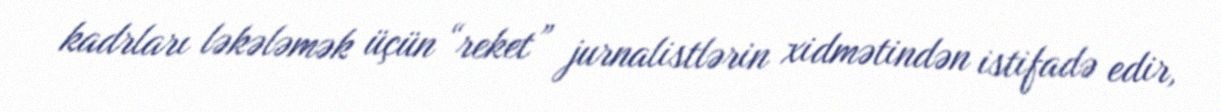
kadrları ləkələmək üçün “reket” jurnalistlərin xidmətindən istifadə edir,